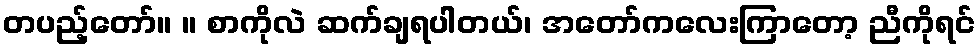
တပည့်တော်။ ။ စာကိုလဲ ဆက်ချရပါတယ်၊ အတော်ကလေးကြာတော့ ညီကိုရင်